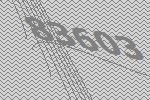
83603